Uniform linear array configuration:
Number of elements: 64
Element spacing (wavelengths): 1
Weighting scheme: uniform
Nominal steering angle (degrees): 0
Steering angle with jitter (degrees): -1.658
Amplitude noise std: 0.05
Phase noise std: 0.05

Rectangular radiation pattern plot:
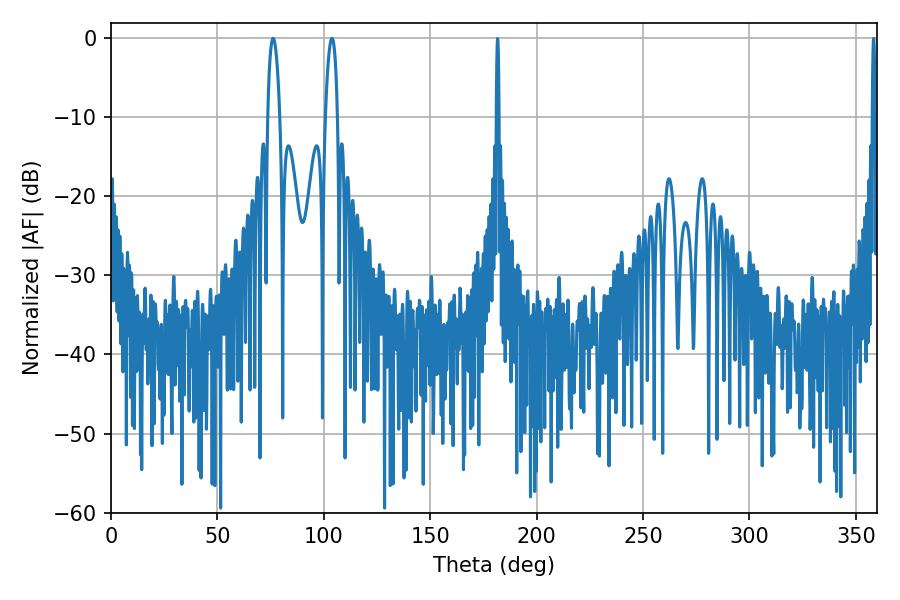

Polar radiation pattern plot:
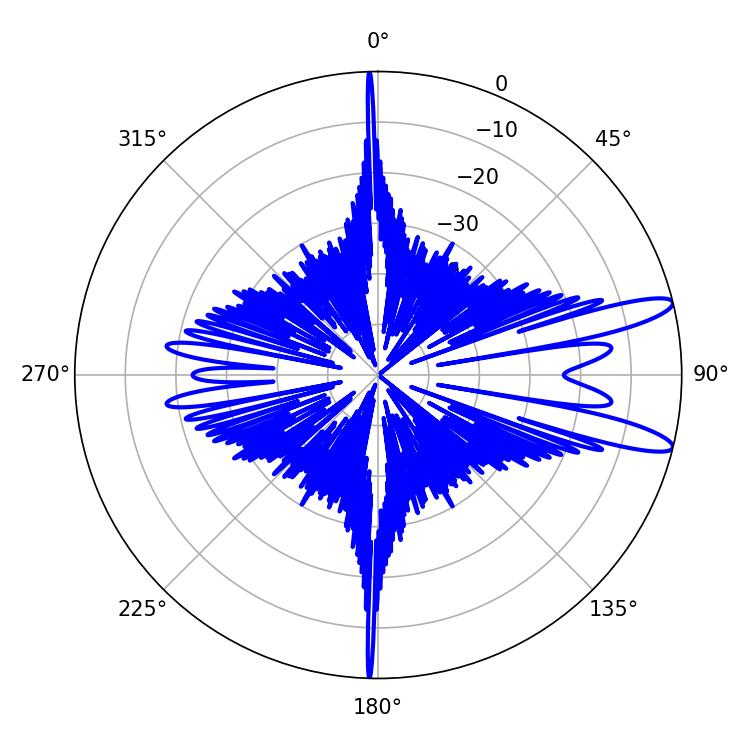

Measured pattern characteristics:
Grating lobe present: TRUE
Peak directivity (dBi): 12.139
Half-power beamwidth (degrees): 3.24
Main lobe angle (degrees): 76.14